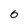
Character: o